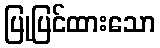
ပြုပြင်ထားသော